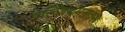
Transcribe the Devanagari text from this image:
बेल्जियमनंतर